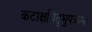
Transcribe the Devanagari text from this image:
कटाक्षयितुभुपक्रमः